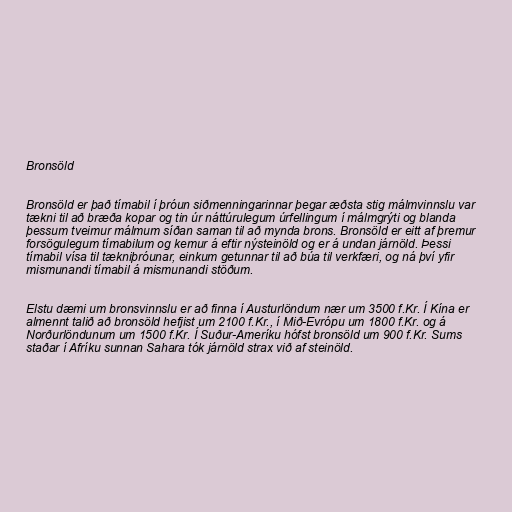
Bronsöld

Bronsöld er það tímabil í þróun siðmenningarinnar þegar æðsta stig málmvinnslu var
tækni til að bræða kopar og tin úr náttúrulegum úrfellingum í málmgrýti og blanda
þessum tveimur málmum síðan saman til að mynda brons. Bronsöld er eitt af þremur
forsögulegum tímabilum og kemur á eftir nýsteinöld og er á undan járnöld. Þessi
tímabil vísa til tækniþróunar, einkum getunnar til að búa til verkfæri, og ná því yfir
mismunandi tímabil á mismunandi stöðum.

Elstu dæmi um bronsvinnslu er að finna í Austurlöndum nær um 3500 f.Kr. Í Kína er
almennt talið að bronsöld hefjist um 2100 f.Kr., í Mið-Evrópu um 1800 f.Kr. og á
Norðurlöndunum um 1500 f.Kr. Í Suður-Ameríku hófst bronsöld um 900 f.Kr. Sums
staðar í Afríku sunnan Sahara tók járnöld strax við af steinöld.